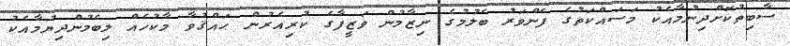
ސާބިތުކޮށްދިނުމާއެކު މަސައްކަތުގެ ފެންވަރު ބެލުމުގެ ނިޒާމުން ވަޒީފާގެ ކުރިއެރުން ޙައްޤުވާ މާކުހެއް ލިބެމުންދިޔުމާއެކު